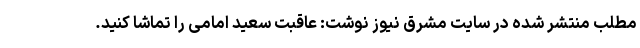
مطلب منتشر شده در سایت مشرق نیوز نوشت: عاقبت سعید امامی را تماشا کنید.